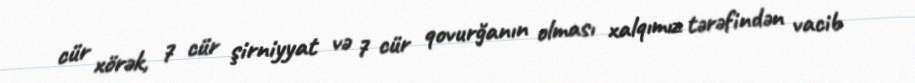
cür xörək, 7 cür şirniyyat və 7 cür qovurğanın olması xalqımız tərəfindən vacib